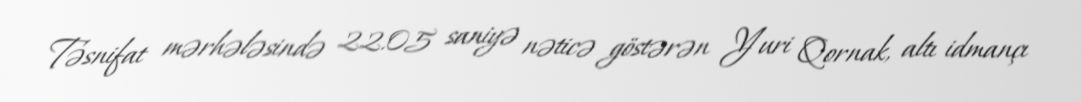
Təsnifat mərhələsində 22.05 saniyə nəticə göstərən Yuri Qornak, altı idmançı